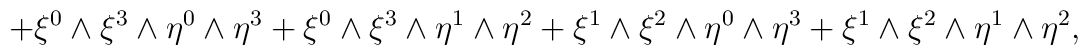
+\xi^0\wedge\xi^3\wedge\eta^0\wedge\eta^3+\xi^0\wedge\xi^3\wedge\eta^1\wedge\eta^2+\xi^1\wedge\xi^2\wedge\eta^0\wedge\eta^3+\xi^1\wedge\xi^2\wedge\eta^1\wedge\eta^2,